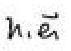
$h_{1},\vec{e}_{1}$